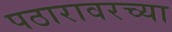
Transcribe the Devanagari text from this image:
पठारावरच्या